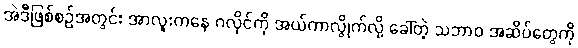
အဲဒီဖြစ်စဉ်အတွင်း အာလူးကနေ ဂလိုင်ကို အယ်ကာလွိုက်လို့ ခေါ်တဲ့ သဘာဝ အဆိပ်တွေကို